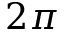
2 \pi